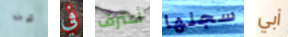
عن في أعترف سجلها أبي